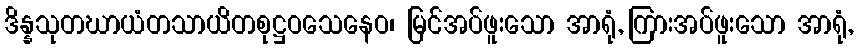
ဒိန္နသုတဃာယံတသာယိတစုဋ္ဌဝသေနေဝ၊ မြင်အပ်ဖူးသော အာရုံ, ကြားအပ်ဖူးသော အာရုံ,